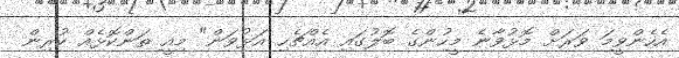
އެހެންވީމަ ވަރަށް މޮޅުވާނެ މީހުންގެ ބޮލުގައި އެއްޗެހި އަޅުވަން" މިއީ ތަންކޮޅެއް ކުރިން